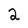
Character: 2